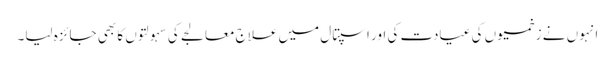
انہوں نے زخمیوں کی عیادت کی اور اسپتال میں علاج معالجے کی سہولتوں کا بھی جائزہ لیا۔